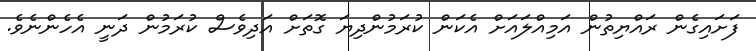
ފަށައިގެން ރައްޔިތުން އަމިއްލައަށް އެކަން ކުރަމުންދިޔަ ގޮތަށް އަދިވެސް ކުރަމުން ދަނީ އެހެންނެވެ.